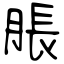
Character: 脹